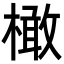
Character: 橄